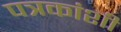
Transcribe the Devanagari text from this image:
पत्रकांशी